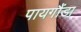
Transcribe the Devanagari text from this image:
पायगौंडा